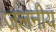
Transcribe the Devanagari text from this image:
जलनीय